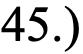
45.)